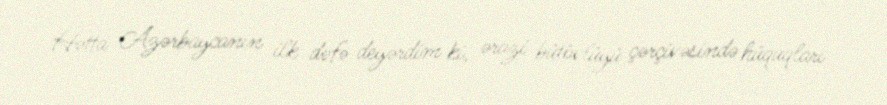
Hətta Azərbaycanın ilk dəfə deyərdim ki, ərazi bütövlüyü çərçivəsində hüquqları